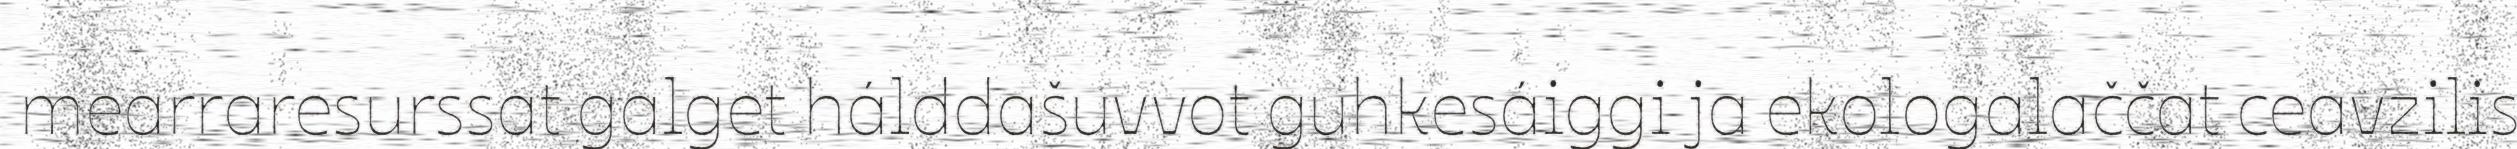
mearraresurssat galget hálddašuvvot guhkesáiggi ja ekologalaččat ceavzilis